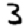
Digit: 3